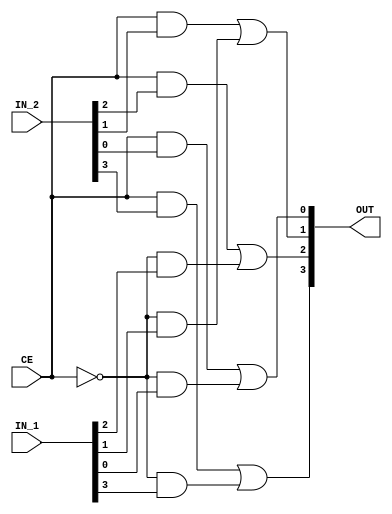
module Switching(
    input CE,
    input [3:0] IN_1, // CE = 0
    input [3:0] IN_2, // CE = 1
    output [3:0] OUT
  );
  wire [3:0] Swiching_wire;

  assign Swiching_wire[3] = CE & IN_2[3] | ~CE & IN_1[3];
  assign Swiching_wire[2] = CE & IN_2[2] | ~CE & IN_1[2];
  assign Swiching_wire[1] = CE & IN_2[1] | ~CE & IN_1[1];
  assign Swiching_wire[0] = CE & IN_2[0] | ~CE & IN_1[0];

  assign OUT = Swiching_wire;

endmodule // Switching